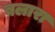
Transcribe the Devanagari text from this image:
बलारा